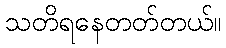
သတိရနေတတ်တယ်။